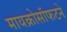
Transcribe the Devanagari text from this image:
मायक्रोसॉफटने